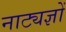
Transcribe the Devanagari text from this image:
नाट्यज्ञों